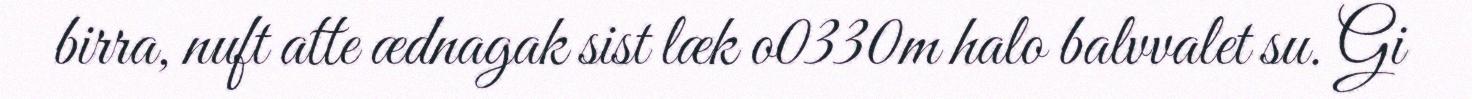
birra, nuft atte ædnagak sist læk o0330m halo balvvalet su. Gi